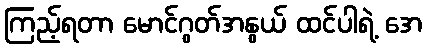
ကြည့်ရတာ မောင်ဂွတ်အနွယ် ထင်ပါရဲ့ အေ